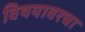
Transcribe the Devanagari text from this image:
विषयावरचा